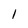
Character: 1